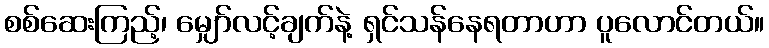
စစ်ဆေးကြည့်၊ မျှော်လင့်ချက်နဲ့ ရှင်သန်နေရတာဟာ ပူလောင်တယ်။